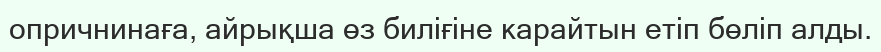
опричнинаға, айрықша өз биліғіне карайтын етіп бөліп алды.